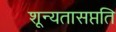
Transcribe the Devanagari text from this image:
शून्यतासप्तति